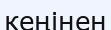
кеңінен